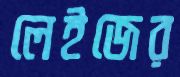
লেইজের